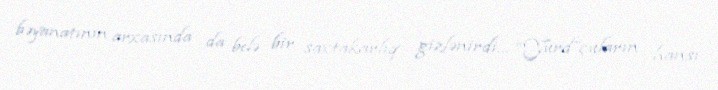
bəyanatının arxasında da belə bir saxtakarlıq gizlənirdi… “Yurd”çuların hansı